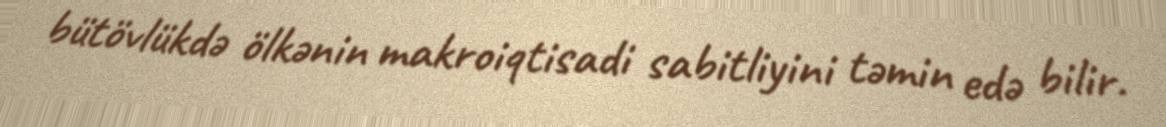
bütövlükdə ölkənin makroiqtisadi sabitliyini təmin edə bilir.